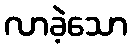
လာခဲ့သော